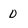
Character: 0